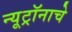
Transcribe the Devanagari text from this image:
न्यूट्रॉनाचे